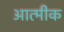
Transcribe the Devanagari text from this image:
आत्मीक